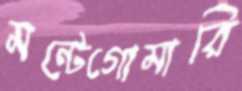
মন্টেগোমারি